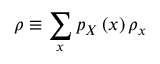
\rho \equiv \sum _ { x } p _ { X } \left( x \right) \rho _ { x }